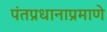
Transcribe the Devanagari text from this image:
पंतप्रधानाप्रमाणे